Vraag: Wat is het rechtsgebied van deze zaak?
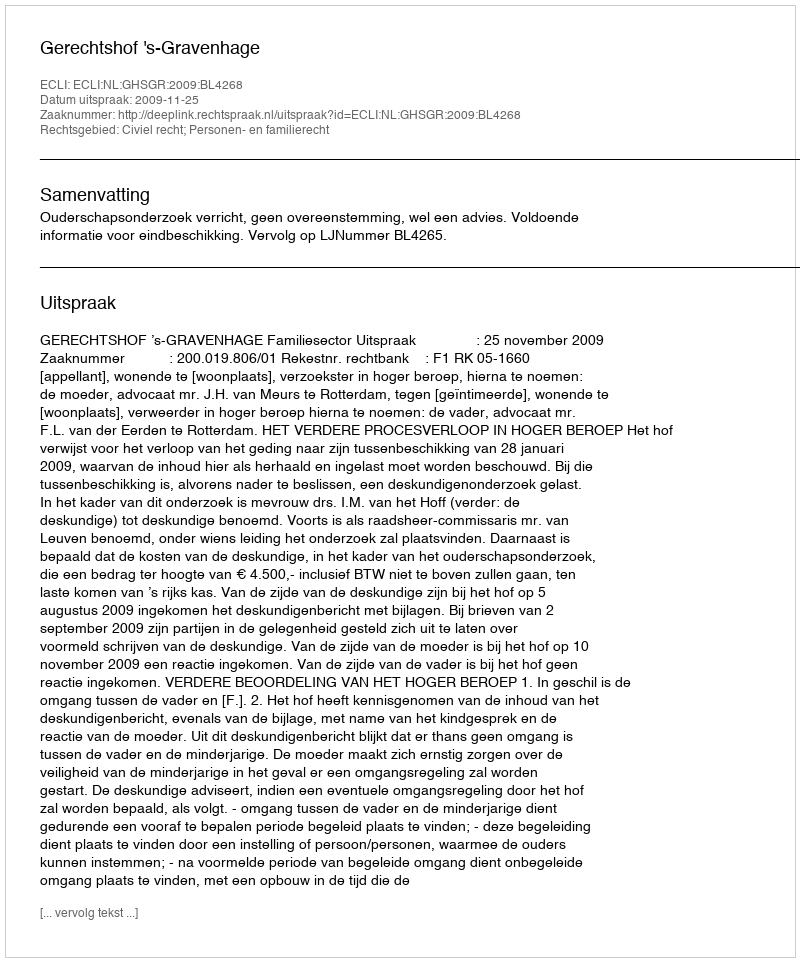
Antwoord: Civiel recht; Personen- en familierecht